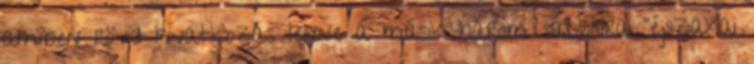
amiben rövid hivatkozás lenne a másik három sablonra "éjszakai